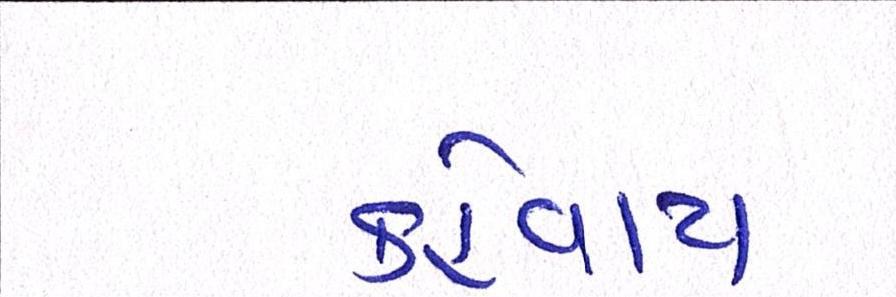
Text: કહેવાય